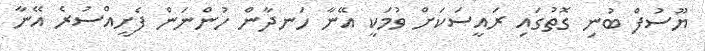
ޔޫސުފް ބުނި ގޮތުގައި ރައީސަކަށް ވުމަކީ އޭނާ ހަނދާން ހުންނަން ފެށީއްސުރެ އޭނާ